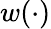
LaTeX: w(\cdot)